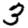
Digit: 3